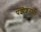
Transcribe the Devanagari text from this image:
पझेशनच्या